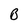
Character: B